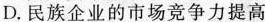
D.民族企业的市场竞争力提高